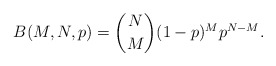
\begin{align*}B(M,N,p)=\binom{N}{M}(1-p)^{M}p^{N-M}.\end{align*}